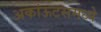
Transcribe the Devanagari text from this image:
अकांऊटसमध्ये